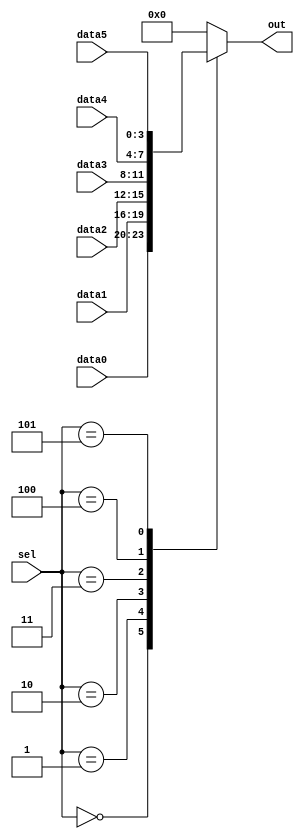
module top_module (
    input [2:0] sel,
    input [3:0] data0,
    input [3:0] data1,
    input [3:0] data2,
    input [3:0] data3,
    input [3:0] data4,
    input [3:0] data5,
    output reg [3:0] out
);

always @(*)
    case (sel)
        0: out = data0;
        1: out = data1;
        2: out = data2;
        3: out = data3;
        4: out = data4;
        5: out = data5;
        default: out = 0;
    endcase

endmodule